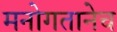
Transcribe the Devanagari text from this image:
मनोगतानेच